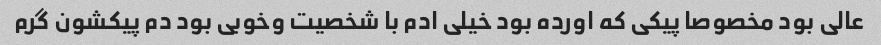
عالی بود مخصوصا پیکی که اورده بود خیلی ادم با شخصیت وخوبی بود دم پیکشون گرم